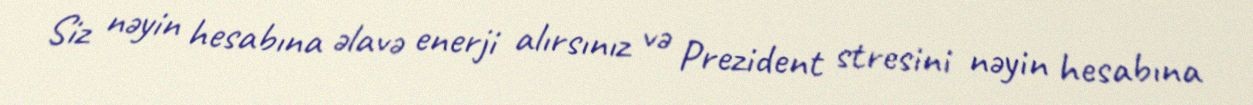
Siz nəyin hesabına əlavə enerji alırsınız və Prezident stresini nəyin hesabına